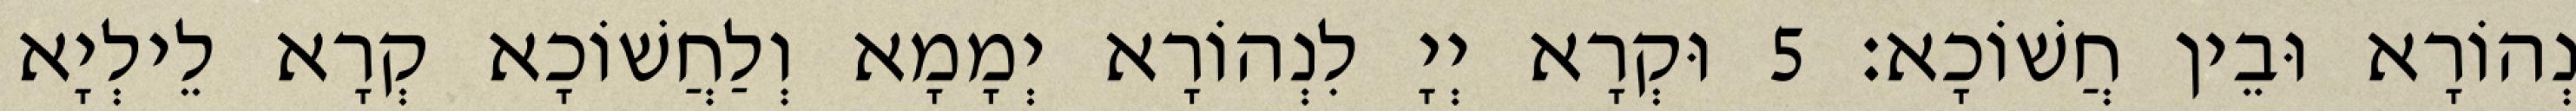
נְהוֹרָא וּבֵין חֲשׁוֹכָא׃ 5 וּקְרָא יְיָ לִנְהוֹרָא יְמָמָא וְלַחֲשׁוֹכָא קְרָא לֵילְיָא